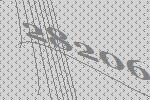
28206